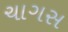
ચાગસ